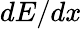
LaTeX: dE/dx